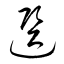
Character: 選